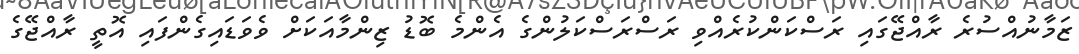
ޒަމާނުއްސުރެ ރާއްޖޭގައި ރަސްކަންކުރެއްވި ރަސްރަސްކަލުންގެ އެންމެ ބޮޑު ޒިންމާއަކަށް ވެވަޑައިގެންފައި އޮތީ ރާއްޖޭގެ